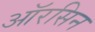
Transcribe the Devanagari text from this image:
ऑरसिन